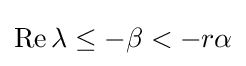
\operatorname {Re} \lambda \leq -\beta <-r\alpha